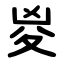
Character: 㚇